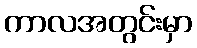
ကာလအတွင်းမှာ